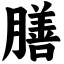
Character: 膳